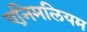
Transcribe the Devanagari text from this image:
एनिमलियम